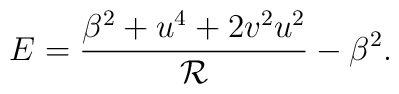
E=\frac{\beta^2+u^4+2v^2u^2}{ \mathcal{R}}-\beta^2.